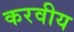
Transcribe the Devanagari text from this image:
करवीय